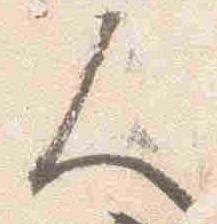
人